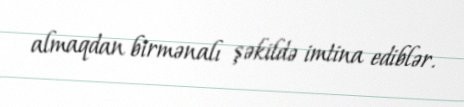
almaqdan birmənalı şəkildə imtina ediblər.